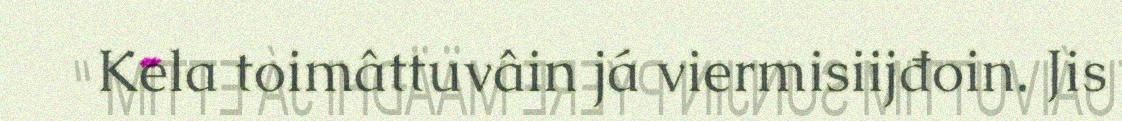
Kela toimâttuvâin já viermisiijđoin. Jis